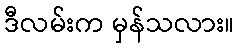
ဒီလမ်းက မှန်သလား။